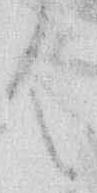
御